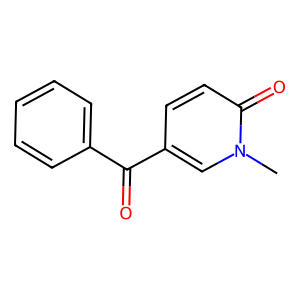
SMILES: Cn1cc(C(=O)c2ccccc2)ccc1=O
Inhibits HIV replication: No